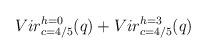
LaTeX: \begin{align*}{ Vir_{c=4/5}^{h=0}(q) + Vir_{c=4/5}^{h=3}(q) }\end{align*}